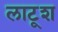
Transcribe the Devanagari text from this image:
लाटूश